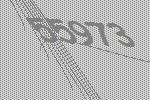
55973